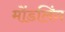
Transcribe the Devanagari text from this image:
मोंडलिंग